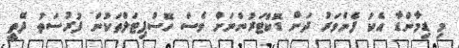
މި ޑިމާންޑާ އެކު ފެންވަރު ދަށް ޑޮކްޓަރުންނަށް ވެސް ހޮސްޕިޓަލްތަކުން ފުރުސަތު ދޭތީ